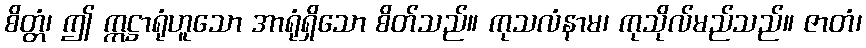
စိတ္တံ၊ ဤ ဣဋ္ဌာရုံဟူသော အာရုံရှိသော စိတ်သည်။ ကုသလံနာမ၊ ကုသိုလ်မည်သည်။ ဇာတံ၊